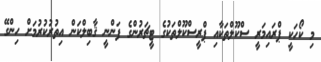
މި ކޯހަކީ ޕްރައިމަރީ ސްކޫލްތަކާއި ޕްރީސްކޫލްތަކުގެ ޓީޗަރުންގެ ފަންނީ ޤާބިލްކަން އިތުރުކުރުމަށް ހިންގޭ